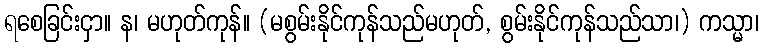
ရစေခြင်းငှာ။ န၊ မဟုတ်ကုန်။ (မစွမ်းနိုင်ကုန်သည်မဟုတ်, စွမ်းနိုင်ကုန်သည်သာ၊) ကသ္မာ၊